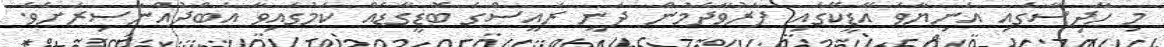
މި ހާދިސާގައި އަނިޔާވެ އޭޑީކޭގައި ފަރުވާދެމުން ދަނީ ރައީސްގެ ބޮޑީގާޑެއް ކަމުގައިވާ އަބްދުއްނާސިރަށެވެ.